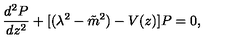
\frac { d ^ { 2 } P } { d z ^ { 2 } } + [ ( \lambda ^ { 2 } - { \tilde { m } } ^ { 2 } ) - V ( z ) ] P = 0 ,